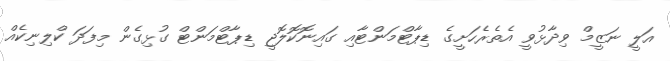
އަލީ ނަޒީމް ވިދާޅުވީ އެތެރެހަށީގެ ޑިޕާޓްމަންޓާއި ގައިނޮކޮލޮޖީ ޑިޕާޓްމަންޓް ގުޅިގެން މިފަދަ ކްލިނިކެއް